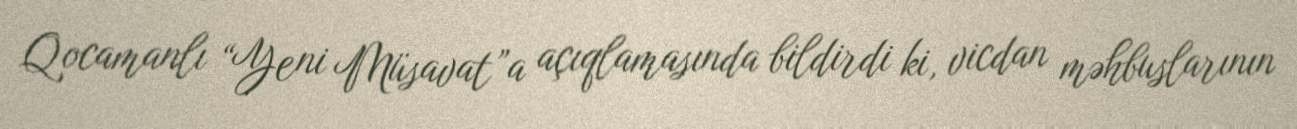
Qocamanlı “Yeni Müsavat”a açıqlamasında bildirdi ki, vicdan məhbuslarının